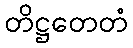
တိဋ္ဌတေတံ